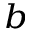
^ { b }